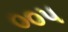
૦૦૫